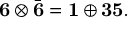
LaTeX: { \bf 6 } \otimes \bar { \bf 6 } = { \bf 1 } \oplus { \bf 3 5 } .